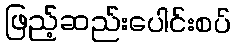
ဖြည့်ဆည်းပေါင်းစပ်